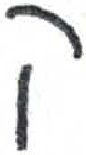
אות: ק